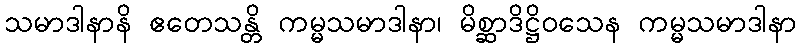
သမာဒါနာနိ ဧတေသန္တိ ကမ္မသမာဒါနာ၊ မိစ္ဆာဒိဋ္ဌိဝသေန ကမ္မသမာဒါနာ